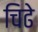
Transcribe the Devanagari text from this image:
चिढे